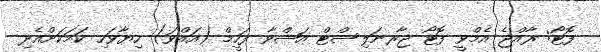
ފޮޓޯ: ރާއްޖެ އެމްވީ ފޮޓޯ ޖާރނަލިސްޓް އަޝްވާ ފަހީމް (އައްވަ) ހިޔާވަހި ކަމަކަށްއެދި